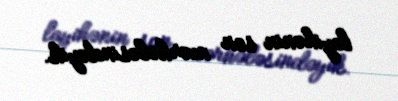
layihənin son mərhələsindəyik.